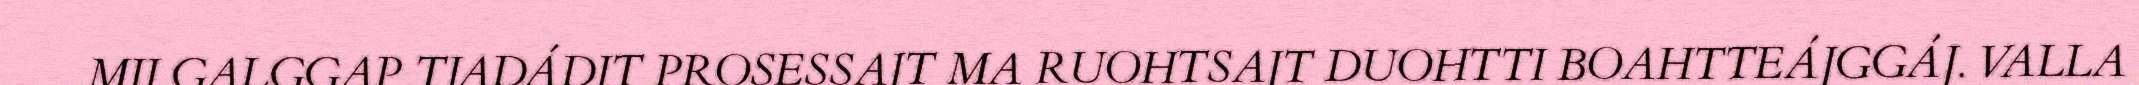
MIJ GALGGAP TJADÁDIT PROSESSAJT MA RUOHTSAJT DUOHTTI BOAHTTEÁJGGÁJ. VALLA